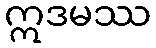
ဣဒမဿ